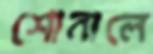
শোনালে